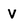
Character: V